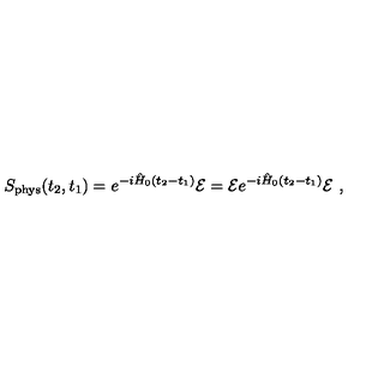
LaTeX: S _ { \mathrm { p h y s } } ( t _ { 2 } , t _ { 1 } ) = e ^ { - i \hat { H } _ { 0 } ( t _ { 2 } - t _ { 1 } ) } { \cal E } = { \cal E } e ^ { - i \hat { H } _ { 0 } ( t _ { 2 } - t _ { 1 } ) } { \cal E } \ ,